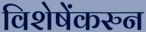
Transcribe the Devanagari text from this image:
विशेषेंकरुन